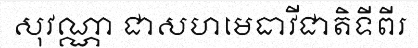
សុវណ្ណា ជាសហមេធាវីជាតិទីពីរ